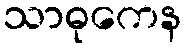
သာဓုကေန